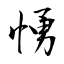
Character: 愑